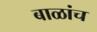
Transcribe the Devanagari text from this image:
बाळांच